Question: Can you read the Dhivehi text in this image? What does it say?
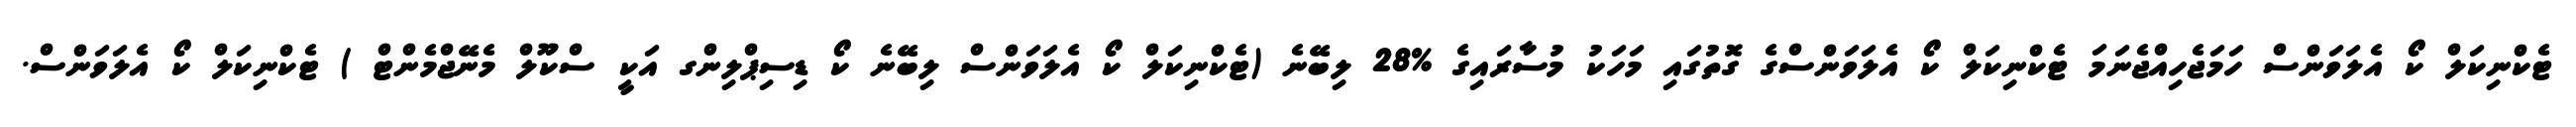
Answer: ޓެކްނިކަލް ކޯ އެލަވަންސް ހަމަޖެހިއްޖެނަމަ ޓެކްނިކަލް ކޯ އެލަވަންސްގެ ގޮތުގައި މަހަކު މުސާރައިގެ %28 ލިބޭނެ (ޓެކްނިކަލް ކޯ އެލަވަންސް ލިބޭނެ ކޯ ޑިސިޕްލިންގ އަކީ ސްކޫލް މެނޭޖްމެންޓް ) ޓެކްނިކަލް ކޯ އެލަވަންސް.